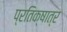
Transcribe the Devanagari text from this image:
प्रतिक्षात्र